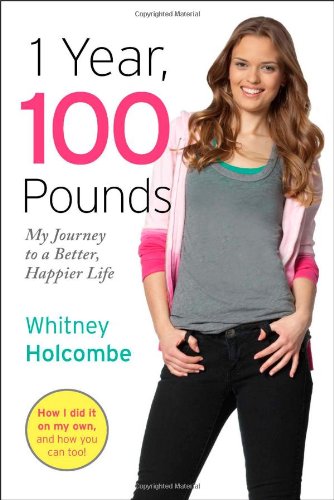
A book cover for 1 Year, 100 Pounds: My Journey to a Better, Happier Life (English and English Edition); Whitney Holcombe; Teen & Young Adult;